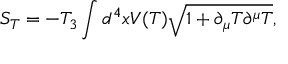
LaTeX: S _ { T } = - T _ { 3 } \int d ^ { 4 } x V ( T ) \sqrt { 1 + \partial _ { \mu } T \partial ^ { \mu } T } ,